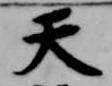
天